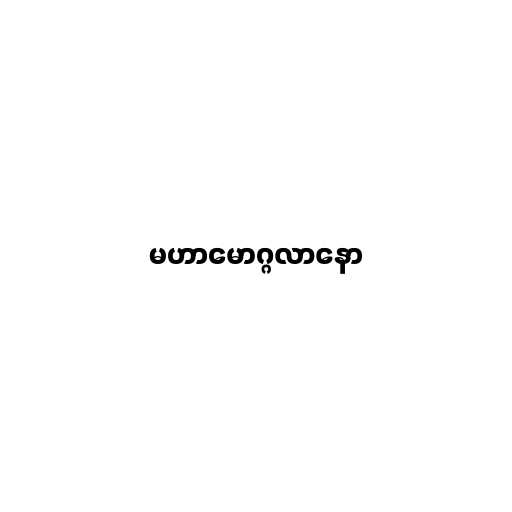
မဟာမောဂ္ဂလာနော